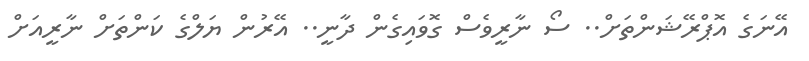
އޭނަގެ އޮޕްރޭޝަންތަށް.. ސޯ ނާރީވެސް ގޮވައިގެން ދާނީ.. އޭރުން ޔަލްގެ ކަންތަށް ނާރީއަށް